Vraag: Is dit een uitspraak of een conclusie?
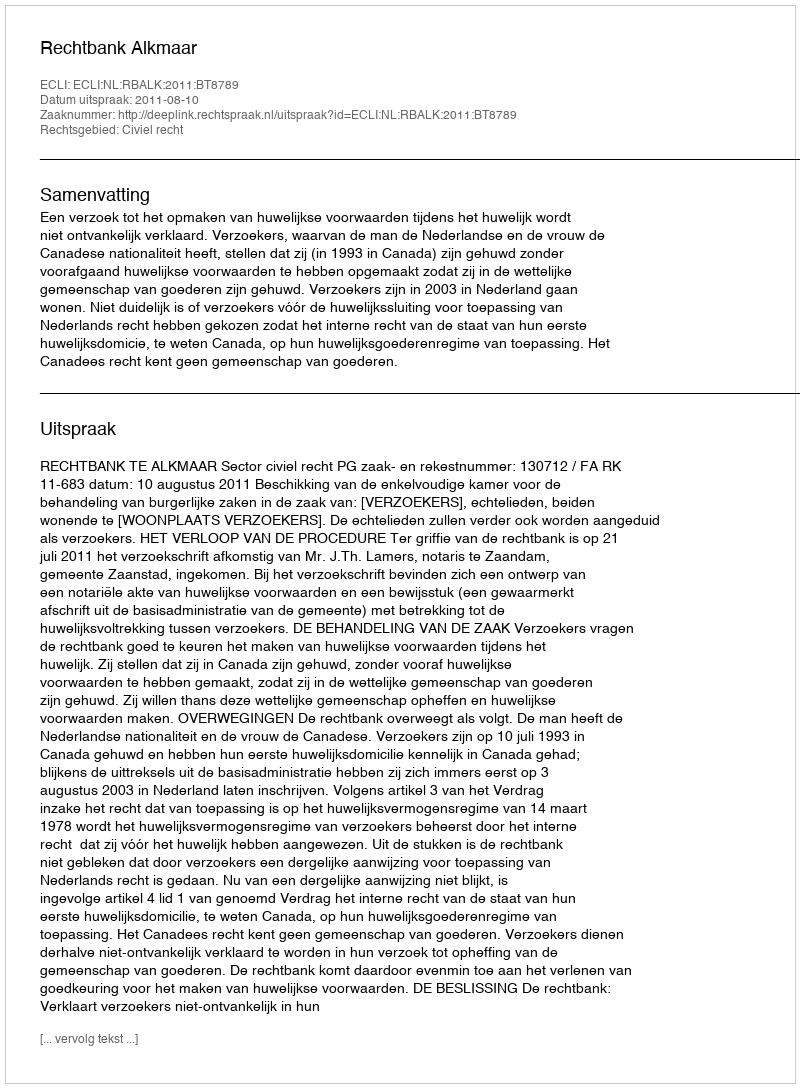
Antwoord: Uitspraak